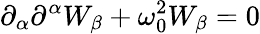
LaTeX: \partial_{\alpha}\partial^{\alpha}W_{\beta}+\omega_{0}^{2}W_{\beta}=0